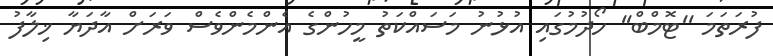
ފުރަތަމަ ''ޓޮމްބް'' ހޯދުމުގައި އުޅުނު މަސައްކަތު މީހުންގެ އެންމެންވެސް ވަރަށް އާދަޔާ ޚިލާފު